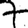
Digit: 7